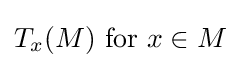
T_{x}(M){\text{ for }}x\in M